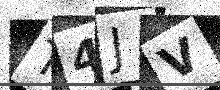
Text: T4JV